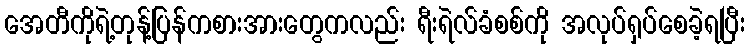
အေတီကိုရဲ့တုန့်ပြန်ကစားအားတွေကလည်း ရီးရဲလ်ခံစစ်ကို အလုပ်ရှပ်စေခဲ့ရပြီး